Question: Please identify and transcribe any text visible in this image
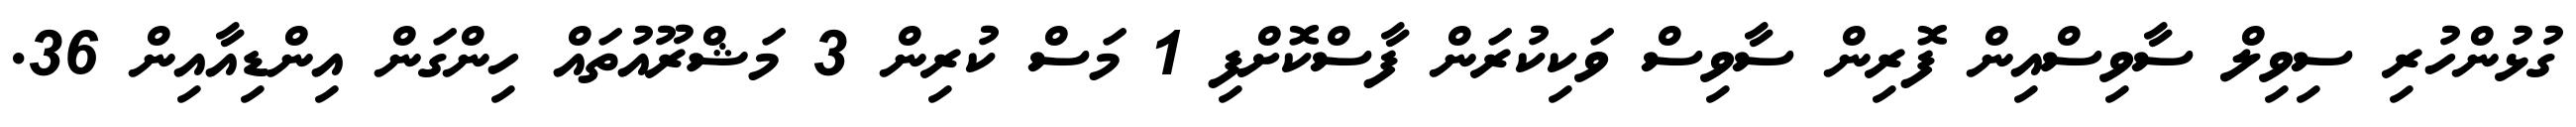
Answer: ގުޅުންހުރި ސިވިލް ސާވިސްއިން ފޮރިން ސާވިސް ވަކިކުރަން ފާސްކޮށްފި 1 މަސް ކުރިން 3 މަޝްރޫއުތައް ހިންގަން އިންޑިއާއިން 36.